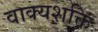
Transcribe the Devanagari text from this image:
वाक्यशक्ति